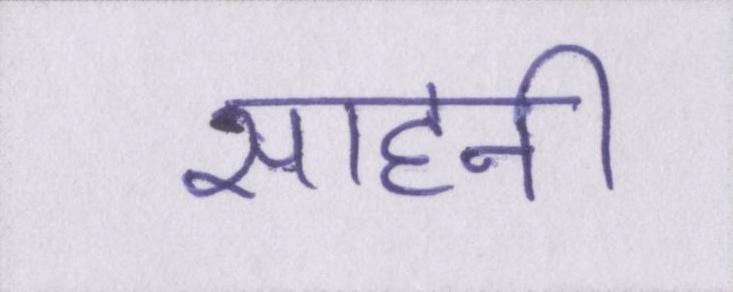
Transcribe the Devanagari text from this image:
साहनी